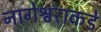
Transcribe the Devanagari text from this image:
नागेश्वराकडे